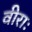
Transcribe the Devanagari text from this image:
वीराः